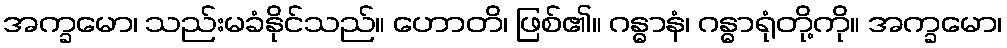
အက္ခမော၊ သည်းမခံနိုင်သည်။ ဟောတိ၊ ဖြစ်၏။ ဂန္ဓာနံ၊ ဂန္ဓာရုံတို့ကို။ အက္ခမော၊